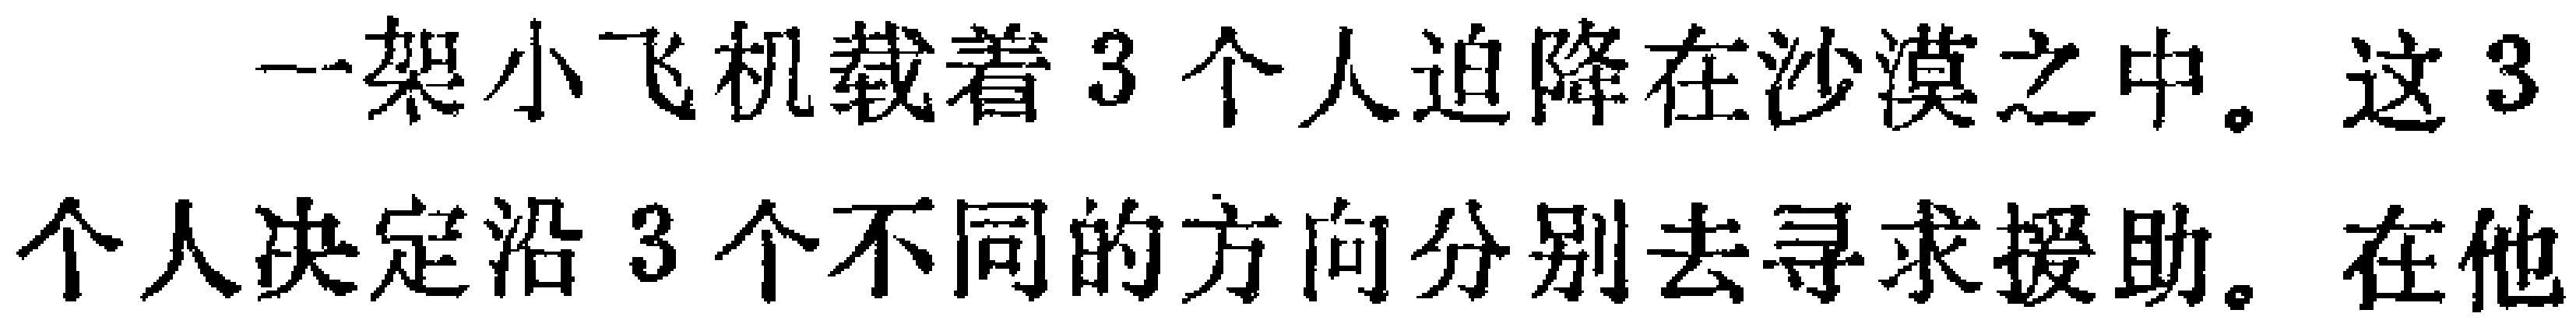
一架小飞机载着 3 个人迫降在沙漠之中。这 3 个人决定沿 3 个不同的方向分别去寻求援助。在他